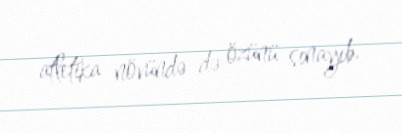
atletika növündə də özünü sınayıb.